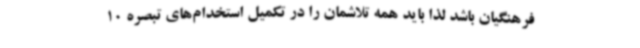
فرهنگیان باشد لذا باید همه تلاشمان را در تکمیل استخدام‌های تبصره 10